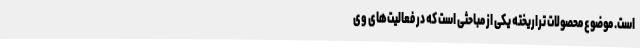
است. موضوع محصولات تراریخته یکی از مباحثی است که در فعالیت‌های وی